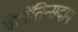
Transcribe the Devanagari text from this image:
वेलेंतिन्सदाग